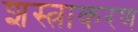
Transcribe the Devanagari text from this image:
शस्त्राकरण